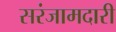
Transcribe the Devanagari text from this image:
सरंजामदारी